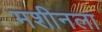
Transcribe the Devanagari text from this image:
मशीनला